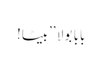
بابا بولا ’’بیٹا!